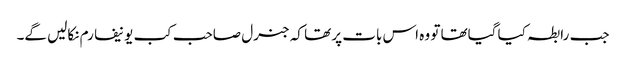
جب رابطہ کیا گیاتھا تو وہ اس بات پر تھا کہ جنرل صاحب کب یونیفارم نکالیں گے۔